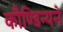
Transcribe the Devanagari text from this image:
कौण्डिन्यने